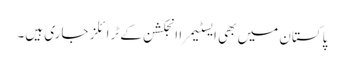
پاکستان میں بھی ایسٹیمرا انجکشن کے ٹرائلز جاری ہیں۔